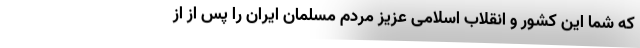
که شما این کشور و انقلاب اسلامی عزیز مردم مسلمان ایران را پس از از